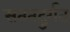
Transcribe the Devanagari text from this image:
सततदुर्गत